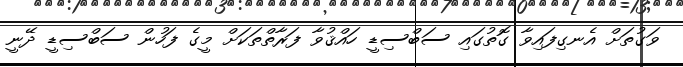
ވަގުތަށް އެނގިފައިވާ ގޮތުގައި ސަބްސިޑީ ހައްޤުވާ ފަރާތްތަކަށް މީގެ ފަހުން ސަބްސިޑީ ދޭނީ